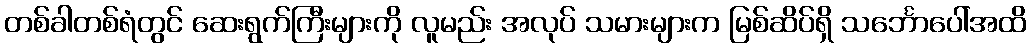
တစ်ခါတစ်ရံတွင် ဆေးရွက်ကြီးများကို လူမည်း အလုပ် သမားများက မြစ်ဆိပ်ရှိ သင်္ဘောပေါ်အထိ